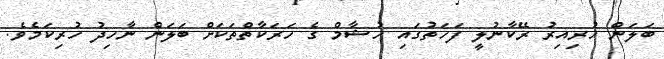
ބަލަން ހުރިއިރު ރޭކާނުލީ ފަހަތުގައި ހުޝާމް ގެ ހަރަކާތްތަކަށް ބަލަން ނާހިދު ހުރިކަމެވެ.